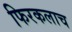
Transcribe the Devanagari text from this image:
फिरकलाच